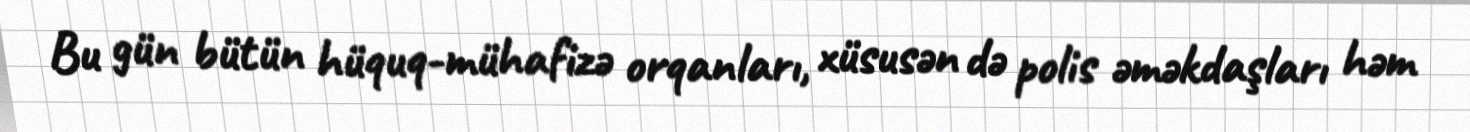
Bu gün bütün hüquq-mühafizə orqanları, xüsusən də polis əməkdaşları həm